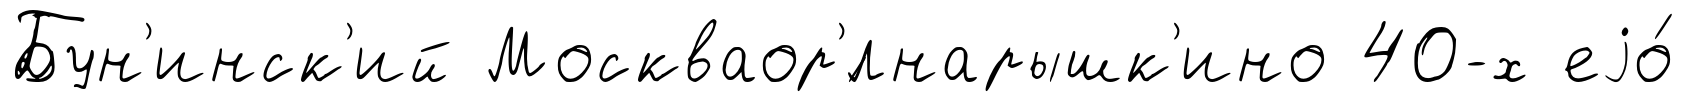
Бун'инск'ий Москваор'́лнарышк'ино 40-х еjо́